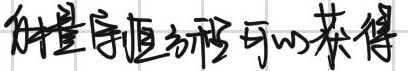
由量守恒方程可以获得